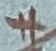
Text: +